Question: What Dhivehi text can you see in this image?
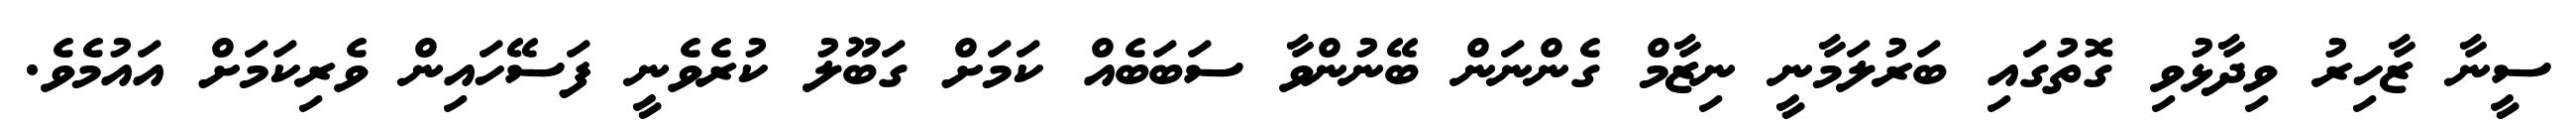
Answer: ސީނާ ޒާހިރު ވިދާޅުވި ގޮތުގައި ބަރުލަމާނީ ނިޒާމް ގެންނަން ބޭނުންވާ ސަބަބެއް ކަމަށް ގަބޫލު ކުރެވެނީ ފަސޭހައިން ވެރިކަމަށް އައުމެވެ.